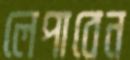
লেপাবেন